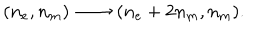
LaTeX: ( n _ { e } , n _ { m } ) \, \longrightarrow \, ( n _ { e } + 2 n _ { m } , n _ { m } ) .